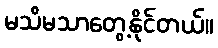
မသိမသာတွေ့နိုင်တယ်။